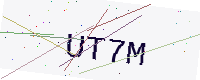
Text: UT7M